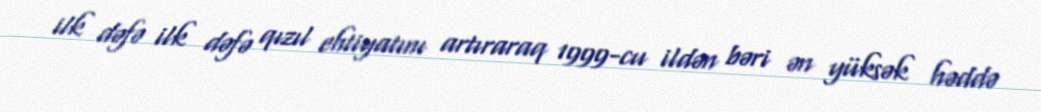
ilk dəfə ilk dəfə qızıl ehtiyatını artıraraq 1999-cu ildən bəri ən yüksək həddə